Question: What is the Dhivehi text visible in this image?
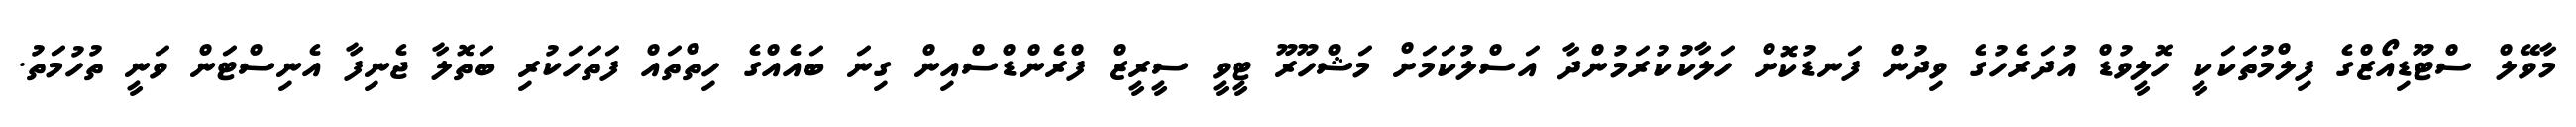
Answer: މާވޭލް ސްޓޫޑިއޯޒްގެ ފިލްމުތަކަކީ ހޮލީވުޑް އުދަރެހުގެ ވިދުން ފަނޑުކޮށް ހަލާކުކުރަމުންދާ އަސްލުކަމަށް މަޝްހޫރޫ ޓީވީ ސީރީޒް ފްރެންޑްސްއިން ގިނަ ބައެއްގެ ހިތްތައް ފަތަހަކުރި ބަތޮލާ ޖެނިފާ އެނިސްޓަން ވަނީ ތުހުމަތު.